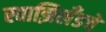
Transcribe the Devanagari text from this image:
स्वाझिलँडचे